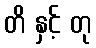
တိ နှင့် တု